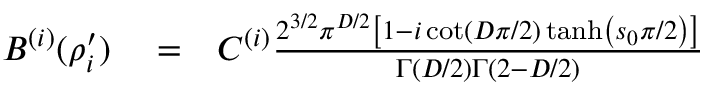
\begin{array} { r l r } { B ^ { ( i ) } ( \rho _ { i } ^ { \prime } ) } & { { } = } & { C ^ { ( i ) } \frac { 2 ^ { 3 / 2 } \pi ^ { D / 2 } \left[ 1 - i \cot \left( D \pi / 2 \right) \operatorname { t a n h } \left( s _ { 0 } \pi / 2 \right) \right] } { \Gamma ( D / 2 ) \Gamma \left( 2 - D / 2 \right) } } \end{array}